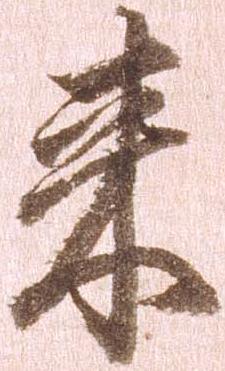
来